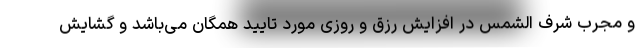
و مجرب شرف الشمس در افزایش رزق و روزی مورد تایید همگان می‌باشد و گشایش